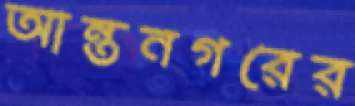
আন্তনগরের